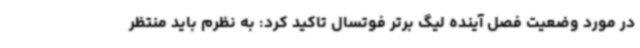
در مورد وضعیت فصل آینده لیگ برتر فوتسال تاکید کرد: به نظرم باید منتظر